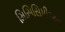
મિસિસિપીઅન